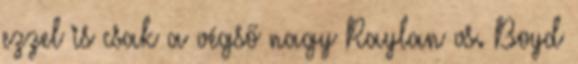
ezzel is csak a végső nagy Raylan vs. Boyd